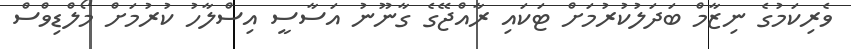
ވެރިކަމުގެ ނިޒާމް ބަދަލުކުރުމަށް ޓަކައި ރާއްޖޭގެ ގާނޫނު އަސާސީ އިސްލާހު ކުރުމަށް މޯލްޑިވްސް